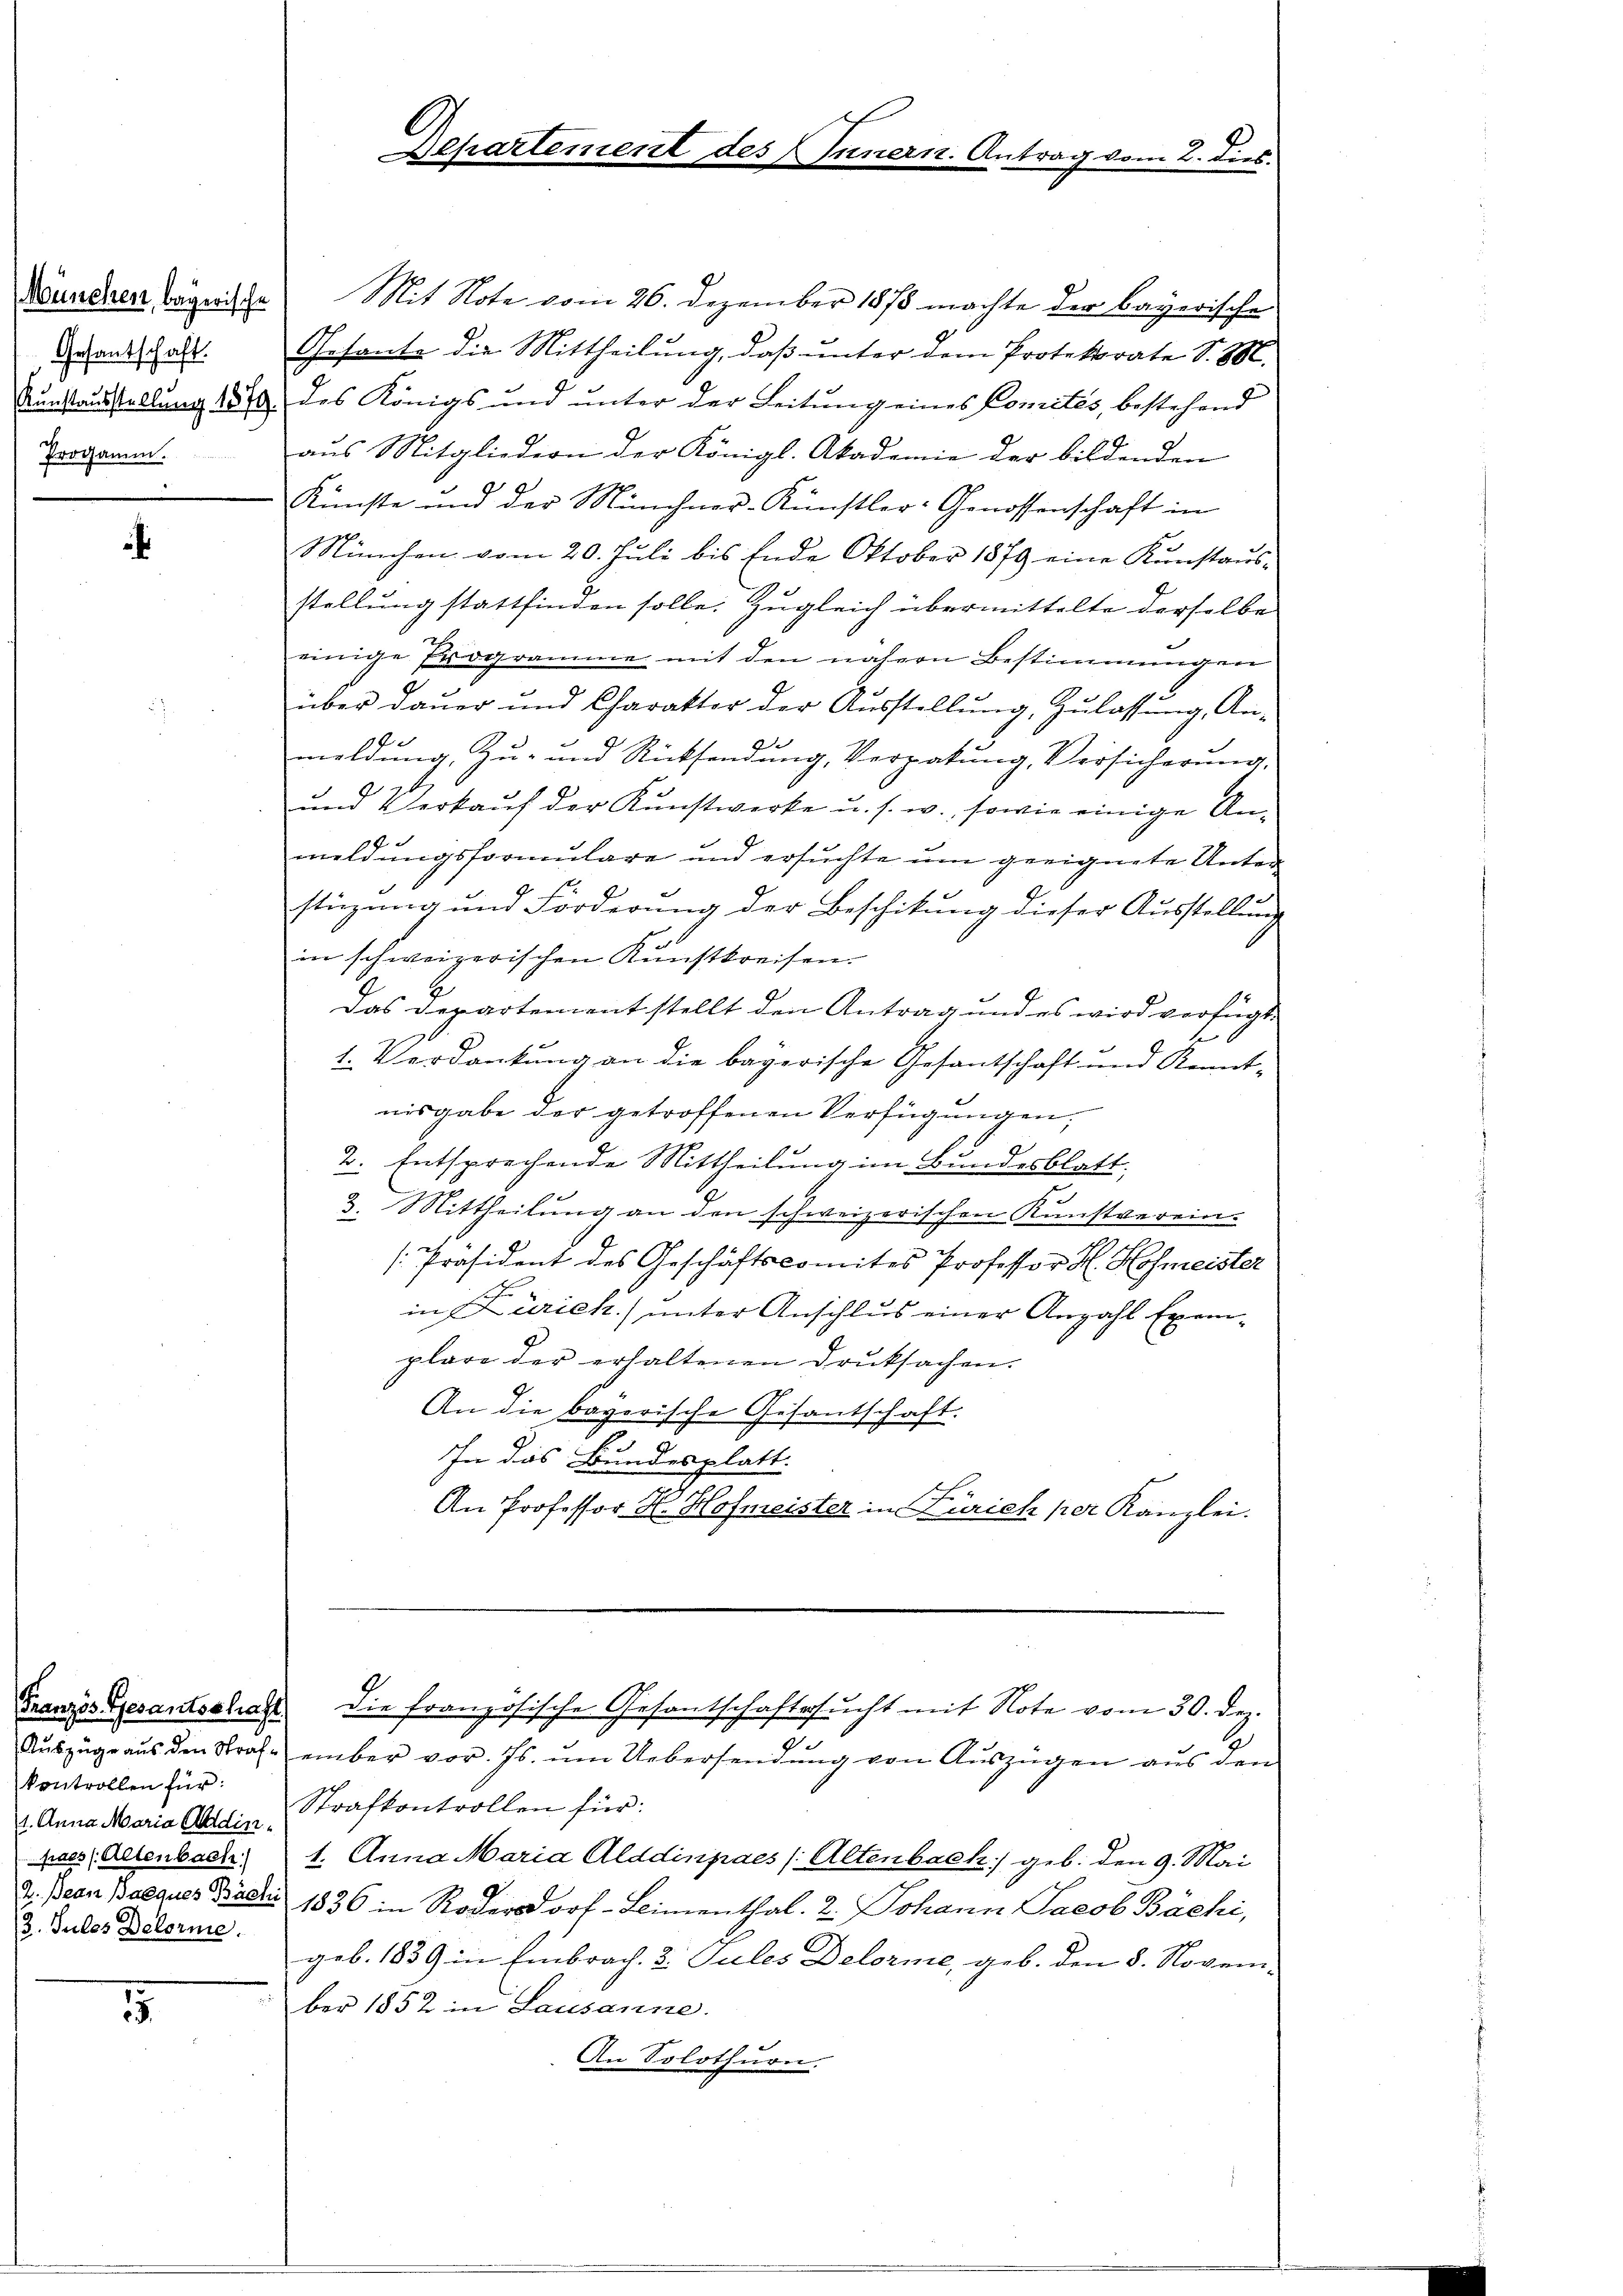
München, bayerische
Trogamm.

¬

kontrollen für:
(2. Julos Delorme.

Mit Note vom 26. Dezember 1878 machte der bayerische
Gesandschaft. Gesante die Mittheilung, daß unter dem Protekorate S. M.
Kunstausstellung 1879 des Königs und unter der Leitung eines Comités, bestehend
aus Mitgliedern der Königl. Akademie der bildenden
Künste und der Münchner-Künstler-Genossenschaft in
München vom 20. Juli bis Ende Oktober 1879 eine Konstaus-
stellung stattfinden solle. Zugleich übermittelte derselbe
einige Programme mit den nahen Bestimmungen
über dauer und Charakter der Ausstellung, Zulassung, An-
17
meldŭng Zŭ- und Rücksendŭng, Verpatŭng, Versicherŭng,
und Verkaŭf der Kunstwerke u. s. w., sowie einige An-
8.
meldungsformulare und ersuchte um geeignete Unter
h
8.
stüzung und Forderung der Beschikung dieser Ausstellung
in schweizerischen Kunstkreisen.
Das Departement stellt den Antrag und es wird verfügt,
E
1. Verdankung an die bayerische Gesantschaft und Kenntnisgabe der getroffenen Verfügungen,
2. Entsprechende Mittheilung im Bundesblatt,
3. Mittheilung an den schweizerischen Kunstverein-
[Präsident des Geschäftscomites Professor H. Hofmeister
in Zürich) unter Anschlus einer Anzahl Exemplare der erhaltenen Druksachen.
An die bayerische Gesantschaft.
In das Bundesplatt.
An Professor H. Hofmeister in Zürich per Kanzlei.

5

Departem

Innern. Antrag vom 2. dies

Franzes Gesandtschal die französische Gesantschaftersŭcht mit Note vom 30. Dez.

8
Auszüge aus den Strafe ember vor. Js. ŭm Uebersendung von Auszügen aus dem
1. Anna Maria Ain Strafkontrollen für:
paes: Allenbach. 1. Anna Maria Alddinpaes (Altenbach) geb. den 9. Mai
2. Bean Baeques Badis 1836 in Roder Dorf-Limenthal. 2. Johann Jacob Bächi,
geb. 1839 in Embrach. 3. Jules Delorme, geb. den 8. Novem-
ber 1852 in Lausanne.
An Solothurn.